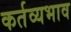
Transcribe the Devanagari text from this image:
कर्तव्यभाव